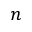
n